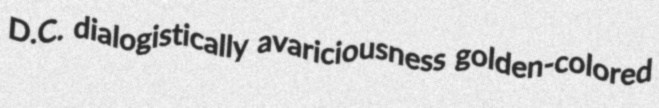
D.C. dialogistically avariciousness golden-colored